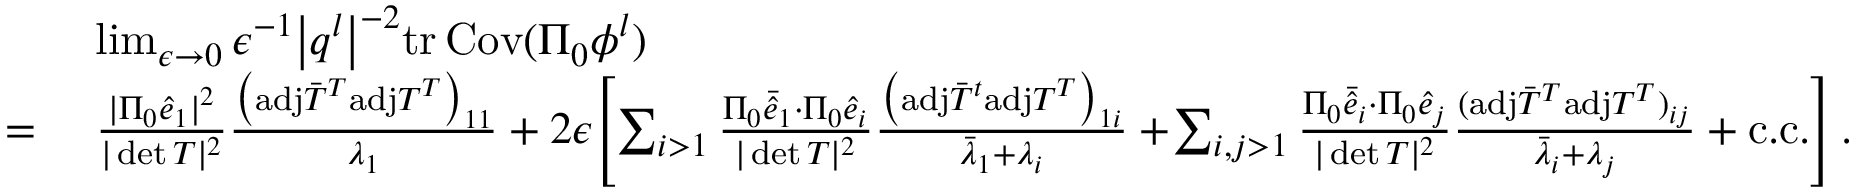
\begin{array} { r l } & { ~ \operatorname* { l i m } _ { \epsilon \rightarrow 0 } \epsilon ^ { - 1 } \big \vert \boldsymbol { q } ^ { l } \big \vert ^ { - 2 } \mathrm { t r } \, { \mathrm { C o v } ( \Pi _ { 0 } { \phi } ^ { l } ) } } \\ { = } & { ~ \frac { \vert \Pi _ { 0 } \hat { e } _ { 1 } \vert ^ { 2 } } { \vert \operatorname* { d e t } T \vert ^ { 2 } } \frac { \big ( \mathrm { a d j } \bar { T } ^ { T } \mathrm { a d j } T ^ { T } \big ) _ { 1 1 } } { \lambda _ { 1 } } + 2 \epsilon \! \left[ \sum _ { i > 1 } \frac { \Pi _ { 0 } \bar { \hat { e } } _ { 1 } \cdot \Pi _ { 0 } \hat { e } _ { i } } { \vert \operatorname* { d e t } T \vert ^ { 2 } } \frac { \big ( \mathrm { a d j } \bar { T } ^ { t } \mathrm { a d j } T ^ { T } \big ) _ { 1 i } } { \bar { \lambda } _ { 1 } + \lambda _ { i } } + \! \sum _ { i , j > 1 } \frac { \Pi _ { 0 } \bar { \hat { e } } _ { i } \cdot \Pi _ { 0 } \hat { e } _ { j } } { \vert \operatorname* { d e t } T \vert ^ { 2 } } \frac { ( \mathrm { a d j } \bar { T } ^ { T } \mathrm { a d j } T ^ { T } ) _ { i j } } { \bar { \lambda } _ { i } + \lambda _ { j } } + \mathrm { c . c . } \right] . } \end{array}